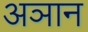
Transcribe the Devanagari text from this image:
अञान